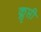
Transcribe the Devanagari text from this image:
क्लृप्ती